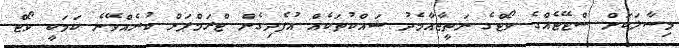
މިސާލަކަށް ސްޓޭޓެއްގެ ވޯޓްގެ ނަތީޖާއާމެދު ޝައްކުތަކެއް އުފެދިގެން ޓްރަމްޕަށް ކުރެއްވޭނެ ކަމަކީ ވޯޓް